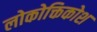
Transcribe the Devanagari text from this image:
लोकोक्तिकोश